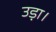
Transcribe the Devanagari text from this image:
उड़ा।